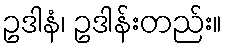
ဥဒါနံ၊ ဥဒါန်းတည်း။